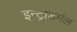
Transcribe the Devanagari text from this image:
इन्ट्राडर्मल